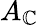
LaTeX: A_{\mathbb{C}}